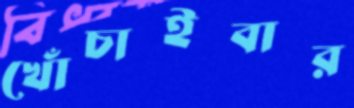
খোঁচাইবার